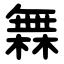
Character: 橆